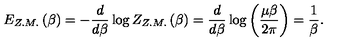
E _ { Z . M . } \left( \beta \right) = - \frac { d } { d \beta } \log Z _ { Z . M . } \left( \beta \right) = \frac { d } { d \beta } \log \left( \frac { \mu \beta } { 2 \pi } \right) = \frac { 1 } { \beta } .